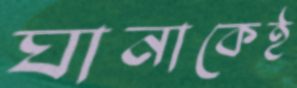
ঘানাকেই